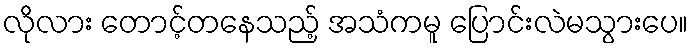
လိုလား တောင့်တနေသည့် အသံကမူ ပြောင်းလဲမသွားပေ။